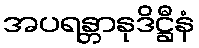
အပရန္တာနုဒိဋ္ဌီနံ